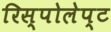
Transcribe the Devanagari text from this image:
रिस्पोलेप्ट